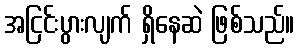
အငြင်းပွားလျက် ရှိနေဆဲ ဖြစ်သည်။